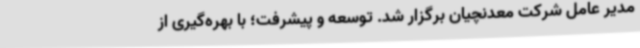
مدیر عامل شرکت معدنچیان برگزار شد. توسعه و پیشرفت؛ با بهره‌گیری از